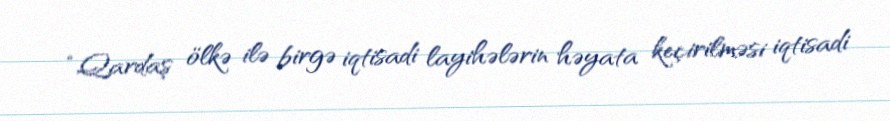
“Qardaş ölkə ilə birgə iqtisadi layihələrin həyata keçirilməsi iqtisadi